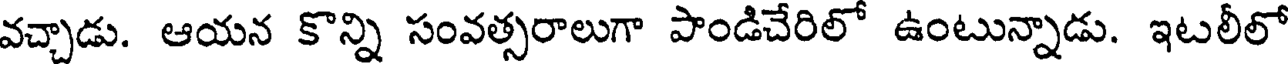
వచ్చాడు. ఆయన కొన్ని సంవత్సరాలుగా పాండిచేరిలో ఉంటున్నాడు. ఇటలీలో